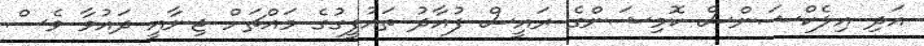
އަދި އިލެކްޝަންސް ކޮމިޝަންގެ ރައީސް ފުއާދު ތައުފީގުގެ މައްޗަށް ޖިނާއީ ދައުވާ ވެސް